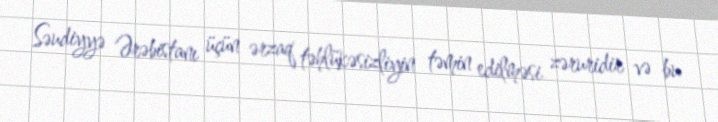
Səudiyyə Ərəbistanı üçün ərzaq təhlükəsizliyin təmin edilməsi zəruridir və bu